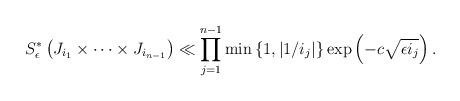
LaTeX: \begin{align*}S_{\epsilon}^{*}\left(J_{i_{1}}\times\dots\times J_{i_{n-1}}\right)\ll\prod_{j=1}^{n-1}\min\left\{ 1,\left|1/i_{j}\right|\right\} \exp\left(-c\sqrt{\epsilon i_{j}}\right).\end{align*}